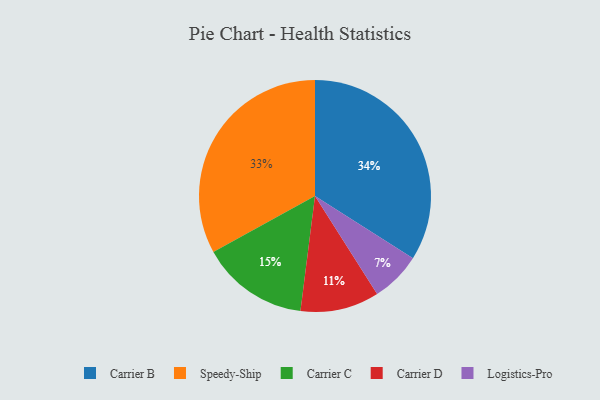
{"axis": {"x": "Category", "y": "Percentage"}, "legend": ["Carrier B", "Carrier C", "Carrier D", "Logistics-Pro", "Speedy-Ship"], "data": [{"x": "Carrier D", "y": 11, "type": "Carrier D"}, {"x": "Carrier C", "y": 15, "type": "Carrier C"}, {"x": "Carrier B", "y": 34, "type": "Carrier B"}, {"x": "Logistics-Pro", "y": 7, "type": "Logistics-Pro"}, {"x": "Speedy-Ship", "y": 33, "type": "Speedy-Ship"}]}